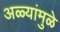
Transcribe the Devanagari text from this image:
अळ्यांमुळे